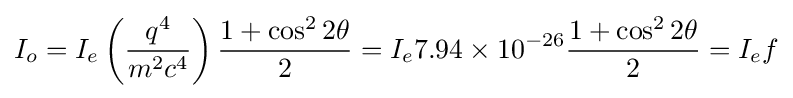
I_{o}=I_{e}\left({\frac {q^{4}}{m^{2}c^{4}}}\right){\frac {1+\cos ^{2}2\theta }{2}}=I_{e}7.94\times 10^{-26}{\frac {1+\cos ^{2}2\theta }{2}}=I_{e}f